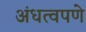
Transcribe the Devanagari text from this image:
अंधत्वपणे